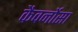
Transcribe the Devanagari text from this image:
कैवर्नोसा